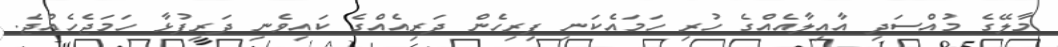
މާލޭގެ މުއްސަދި އާއިލާއެއްގެ ހުރި ހަމައެކަނި ފިރިހެން ދަރިއެއްގެ ކައިވެނި ދަރިފުޅާ ހަމަޖެހެއްޖެ.